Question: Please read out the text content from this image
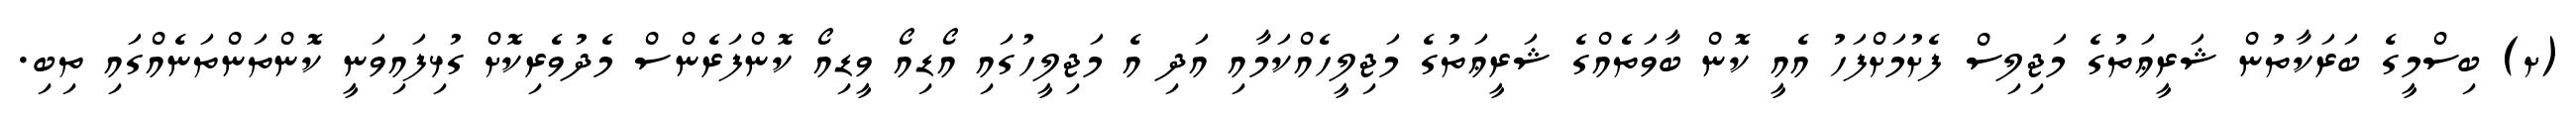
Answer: (ށ) ބިސްމީގެ ބަރަކާތުން ޝަރީޢަތުގެ މަޖިލިސް ފެށުމަށްފަހު އެއީ ކޮން ބާވަތެއްގެ ޝަރީޢަތުގެ މަޖިލީހެއްކަމާއި އަދި އެ މަޖިލީހުގައި އޯޑިއޯ ވީޑިއޯ ކޮންފަރެންސް މެދުވެރިކޮށް ގުޅިފައިވަނީ ކޮންތަންތަނެއްގައި ތިބި.